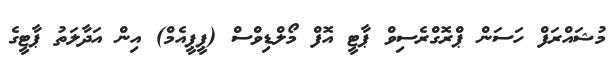
މުޝައްރަފް ހަސަން ޕްރޮގްރެސިވް ޕާޓީ އޮފް މޯލްޑިވްސް (ޕީޕީއެމް) އިން އަދާލަތު ޕާޓީގެ